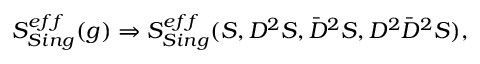
S _ { S i n g } ^ { e f f } ( g ) \Rightarrow S _ { S i n g } ^ { e f f } ( S , D ^ { 2 } S , \bar { D } ^ { 2 } S , D ^ { 2 } \bar { D } ^ { 2 } S ) ,